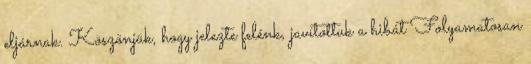
eljárnak. Köszönjük, hogy jelezte felénk, javítottuk a hibát Folyamatosan